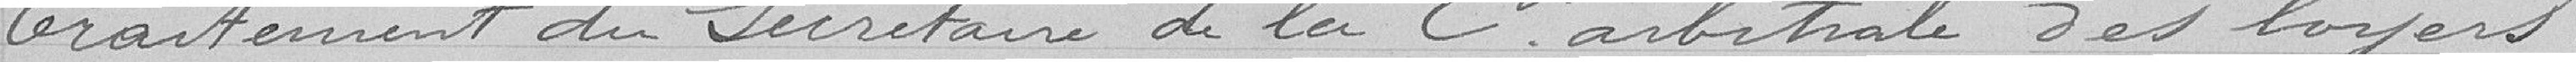
Traitement du secrétaire de la commission arbitrale des loyers